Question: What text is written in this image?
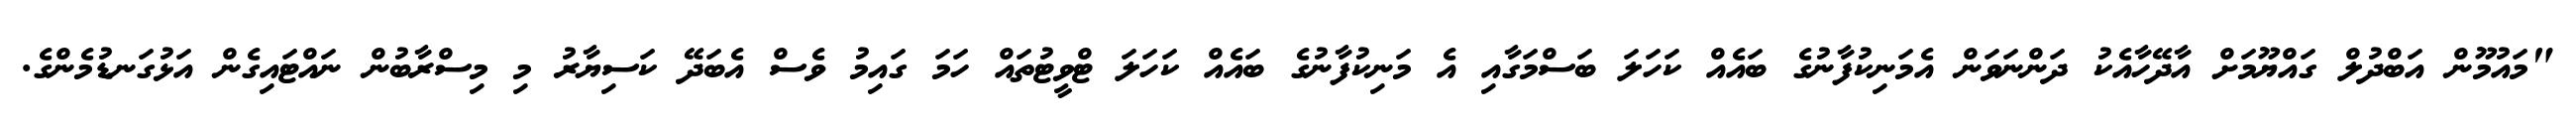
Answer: "މައުމޫން އަބްދުލް ގައްޔޫމަށް އާދޭހާއެކު ދަންނަވަން އެމަނިކުފާނުގެ ބައެއް ކަހަލަ ބަސްމަގާއި އެ މަނިކުފާނުގެ ބައެއް ކަހަލަ ޓްވީޓުތައް ހަމަ ގައިމު ވެސް އެބަދޭ ކަސިޔާރު މި މިސްރާބުން ނައްޓައިގެން އަޅުގަނޑުމެންގެ.